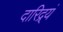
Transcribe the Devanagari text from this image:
दारिद्र्यं